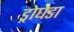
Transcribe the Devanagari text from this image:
ड्रोघेडा